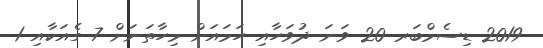
2019 ޑިސެމްބަރ 20 ވަނަ ދުވަހާއި ހަމައަށް މިހާތަނަށް 7 ގެއަކާއި 1